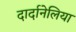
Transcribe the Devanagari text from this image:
दार्दानेलिया